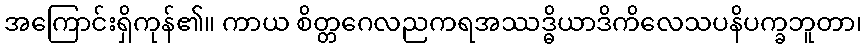
အကြောင်းရှိကုန်၏။ ကာယ စိတ္တဂေလညကရအဿဒ္ဓိယာဒိကိလေသပနိပက္ခဘူတာ၊